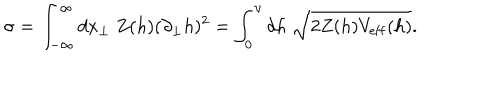
\sigma = \int _ { - \infty } ^ { \infty } d x _ { \bot } \; Z ( h ) ( \partial _ { \bot } h ) ^ { 2 } = \int _ { 0 } ^ { \upsilon } d h \; \sqrt { 2 Z ( h ) V _ { \mathrm { e f f } } ( h ) } .